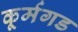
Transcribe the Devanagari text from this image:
कूर्मगड